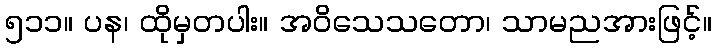
၅၁၁။ ပန၊ ထိုမှတပါး။ အဝိသေသတော၊ သာမညအားဖြင့်။